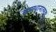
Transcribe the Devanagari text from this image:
समाधानात्मक